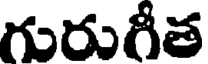
గురుగీత